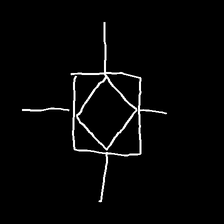
Glyph: light